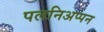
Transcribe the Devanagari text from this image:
पलनिअप्पन